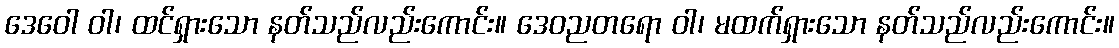
ဒေဝေါ ဝါ၊ ထင်ရှားသော နတ်သည်လည်းကောင်း။ ဒေဝညတရော ဝါ၊ မထက်ရှားသော နတ်သည်လည်းကောင်း။